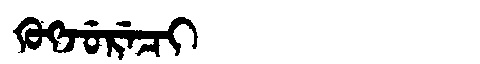
Manchu: ᡴᡠᡴᠵᡠᡵᡝᠴᡳ
Romanization: KUKJURECI